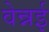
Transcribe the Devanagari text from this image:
वेन्नई